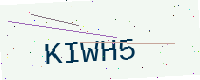
Text: KIWH5